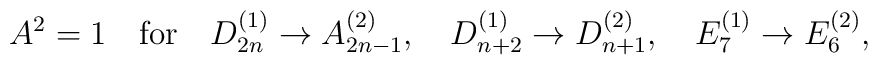
A^2=1\quad \mbox{for} \quad  D_{2n}^{(1)}\to   A_{2n-1}^{(2)},\quad D_{n+2}^{(1)}\to   D_{n+1}^{(2)},   \quad E_7^{(1)}\to E_6^{(2)},